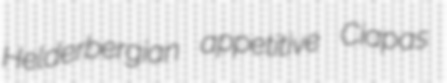
Helderbergian appetitive Ciapas